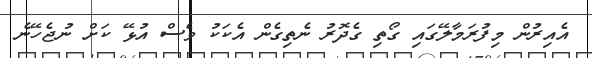
އެއިރުން މިފުރަމާލޭގައި ގޯތި ގެދޮރު ނެތިގެން އެކަކު ވެސް އުޅޭ ކަށް ނުޖެހޭނެ